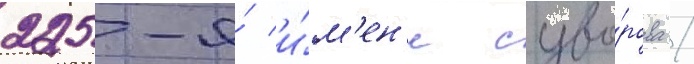
225-я́ и́м'ен'и суво́рова /